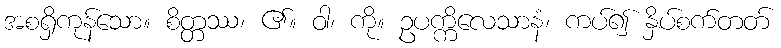
အစရှိကုန်သော။ စိတ္တဿ၊ ၏။ ဝါ၊ ကို။ ဥပက္ကိလေသာနံ၊ ကပ်၍ နှိပ်စက်တတ်